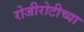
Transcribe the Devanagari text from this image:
रोजीरोटीच्या